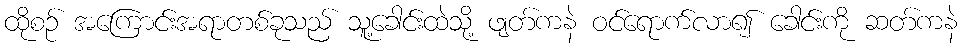
ထိုစဉ် အကြောင်းအရာတစ်ခုသည် သူ့ခေါင်းထဲသို့ ဖျတ်ကနဲ ဝင်ရောက်လာ၍ ခေါင်းကို ဆတ်ကနဲ